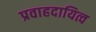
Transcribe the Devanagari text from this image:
प्रवाहदायित्व